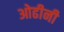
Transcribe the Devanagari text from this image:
ओढीनी